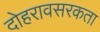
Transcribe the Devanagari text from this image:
दोहरावसरकता